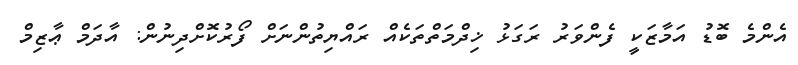
އެންމެ ބޮޑު އަމާޒަކީ ފެންވަރު ރަގަޅު ޚިދްމަތްތަކެއް ރައްޔިތުންނަށް ފޯރުކޮށްދިނުން: އާދަމް ޢާޒިމް